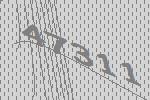
47311